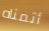
أتمناه